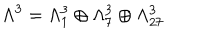
\Lambda ^ { 3 } = \Lambda _ { 1 } ^ { 3 } \oplus \Lambda _ { 7 } ^ { 3 } \oplus \Lambda _ { 2 7 } ^ { 3 }